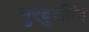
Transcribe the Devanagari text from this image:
नुरबुरग्रिंग